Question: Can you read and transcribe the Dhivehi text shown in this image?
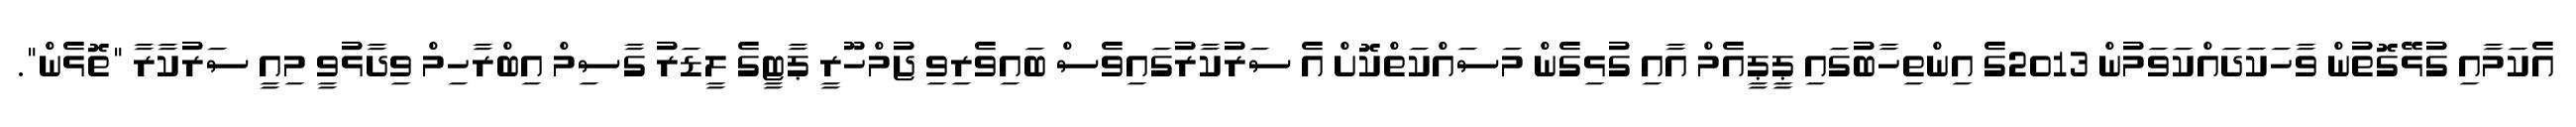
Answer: އެކަމާއި ގުޅޭގޮތުން ވާހަކަދައްކަވަމުން 2013ގެ އިންތިހާބުގައި ޕީޕީއެމް އާއި ގުޅިގެން މަސައްކަތްކޮށް އެ ސަރުކާރުގައިވެސް ބައިވެރިވި ޖުމްހޫރީ ޕާޓީގެ ލީޑަރު ގާސިމް އިބްރާހިމް ވިދާޅުވީ މިއީ ސަރުކާރާ "ތޮޅެން".